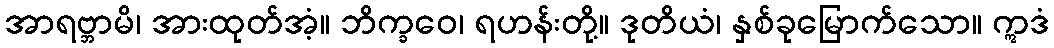
အာရဗ္ဘာမိ၊ အားထုတ်အံ့။ ဘိက္ခဝေ၊ ရဟန်းတို့။ ဒုတိယံ၊ နှစ်ခုမြောက်သော။ ဣဒံ